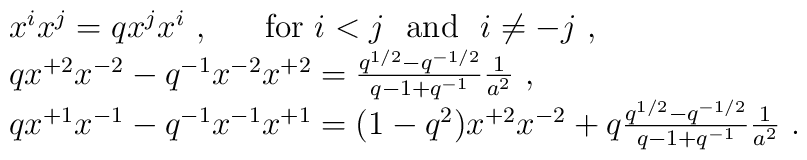
\begin{array}{l}x^ix^j=qx^jx^i~,~~~~~{\rm for}~i<j~ ~{\rm and}~~i\not=-j~,\\qx^{+2}x^{-2}-q^{-1}x^{-2}x^{+2}=\frac{q^{1/2}-q^{-1/2}}{q-1+q^{-1}}\frac{1}{a^2}~,\\qx^{+1}x^{-1}-q^{-1}x^{-1}x^{+1}=(1-q^2)x^{+2}x^{-2}+q\frac{q^{1/2}-q^{-1/2}}{q-1+q^{-1}}\frac{1}{a^2}~.\end{array}